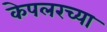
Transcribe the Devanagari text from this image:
केपलरच्या